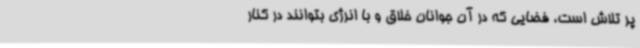
پر تلاش است، فضایی که در آن جوانان خلاق و با انرژی بتوانند در کنار